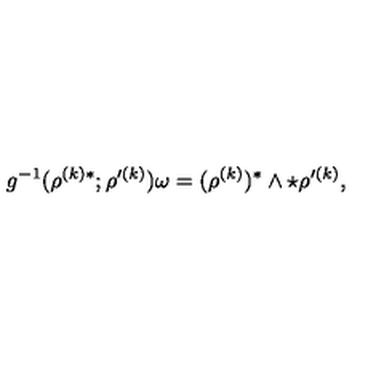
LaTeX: g ^ { - 1 } ( \rho ^ { ( k ) * } ; \rho ^ { \prime ( k ) } ) \omega = ( \rho ^ { ( k ) } ) ^ { * } \wedge \star \rho ^ { \prime ( k ) } ,